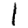
Digit: 1